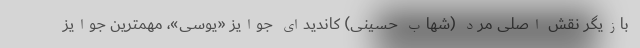
بازیگر نقش اصلی مرد (شهاب حسینی) کاندیدای جوایز «یوسی»، مهمترین جوایز